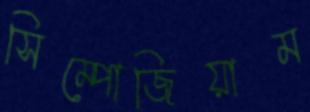
সিম্পোজিয়াম